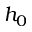
h _ { 0 }